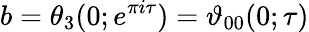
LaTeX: b=\theta_{3}(0;e^{\pi i\tau})=\vartheta_{00}(0;\tau)